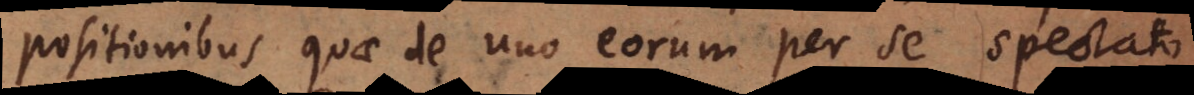
positionibus quae de uno eorum per se spectato